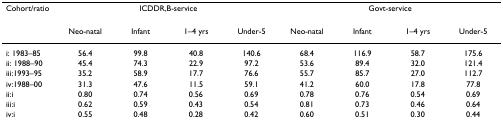
| Cohort/ratio | <COLSPAN=4> ICDDR,B-service | <COLSPAN=4> Govt-service |
 | --- | --- | --- | --- | --- | --- | --- | --- | --- |
 |  | Neo-natal | Infant | 1–4 yrs | Under-5 | Neo-natal | Infant | 1–4 yrs | Under-5 |
 | i: 1983–85 | 56.4 | 99.8 | 40.8 | 140.6 | 68.4 | 116.9 | 58.7 | 175.6 |
 | ii: 1988–90 | 45.4 | 74.3 | 22.9 | 97.2 | 53.6 | 89.4 | 32.0 | 121.4 |
 | iii:1993–95 | 35.2 | 58.9 | 17.7 | 76.6 | 55.7 | 85.7 | 27.0 | 112.7 |
 | iv:1988–00 | 31.3 | 47.6 | 11.5 | 59.1 | 41.2 | 60.0 | 17.8 | 77.8 |
 | ii:i | 0.80 | 0.74 | 0.56 | 0.69 | 0.78 | 0.76 | 0.54 | 0.69 |
 | iii:i | 0.62 | 0.59 | 0.43 | 0.54 | 0.81 | 0.73 | 0.46 | 0.64 |
 | iv:i | 0.55 | 0.48 | 0.28 | 0.42 | 0.60 | 0.51 | 0.30 | 0.44 |